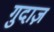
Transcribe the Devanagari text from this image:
गुदाज़